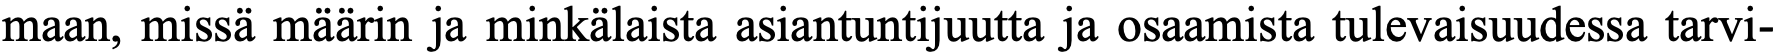
maan, missä määrin ja minkälaista asiantuntijuutta ja osaamista tulevaisuudessa tarvi-